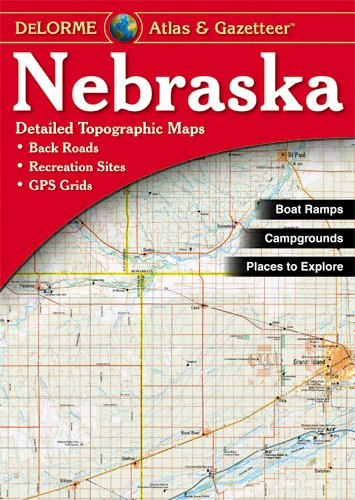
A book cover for Nebraska Atlas and Gazetteer (Nebraska Atlas & Gazetteer); Delorme; Travel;